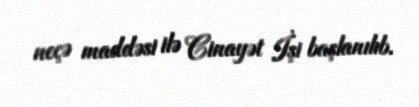
neçə maddəsi ilə Cinayət İşi başlanılıb.